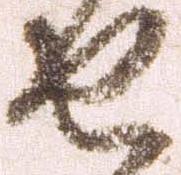
由